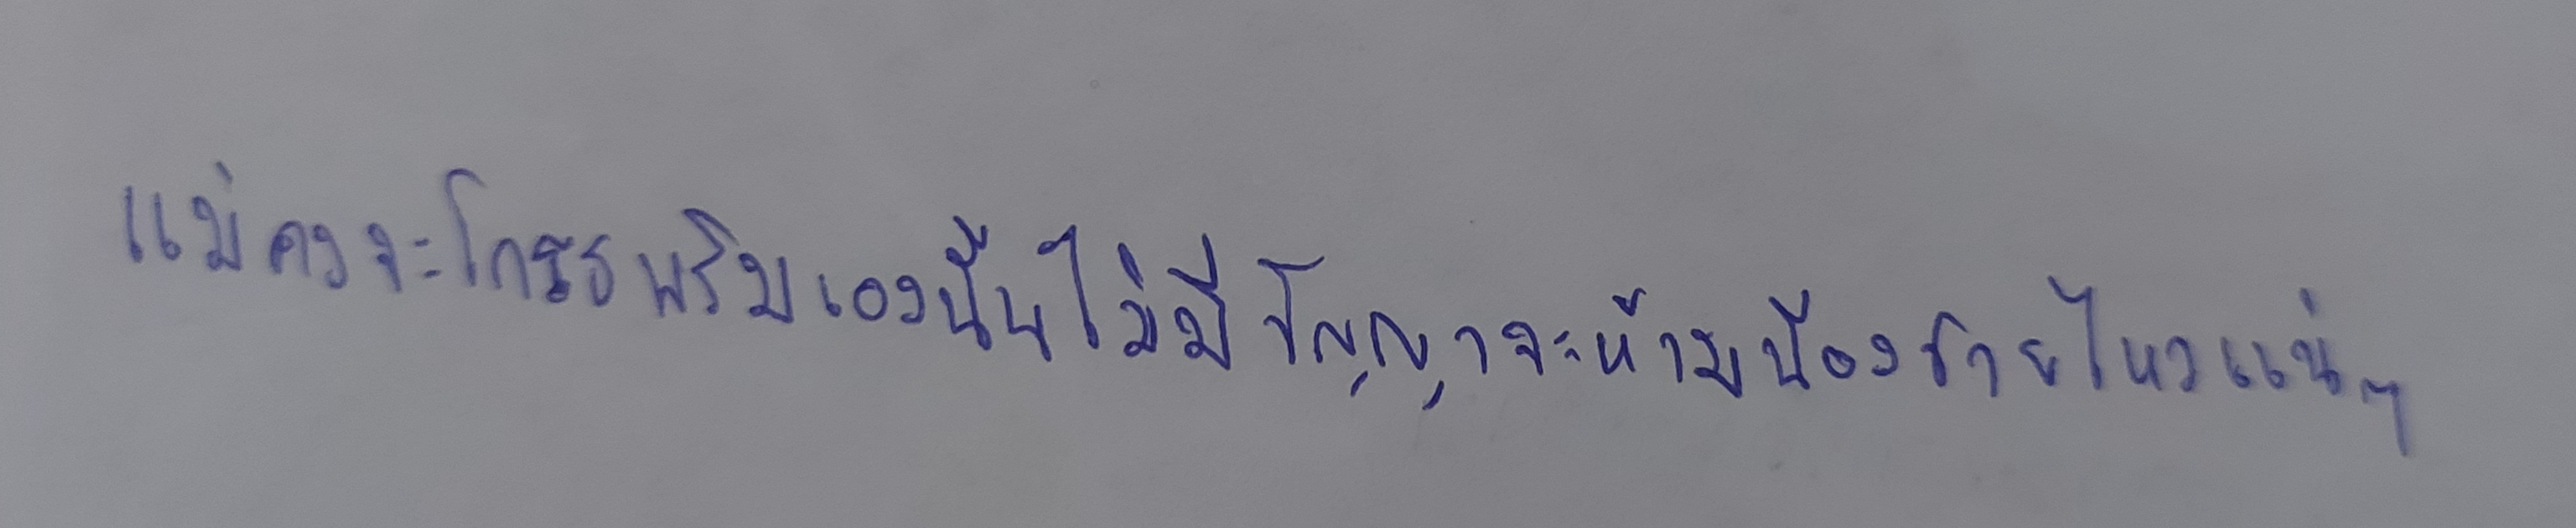
แม่คงจะโกรธพริมเองนั้นไม่มีปัญญาจะห้ามน้องชายไหวแน่ๆ